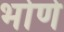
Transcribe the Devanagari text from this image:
भोणे